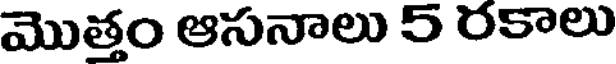
మొత్తం ఆసనాలు 5 రకాలు